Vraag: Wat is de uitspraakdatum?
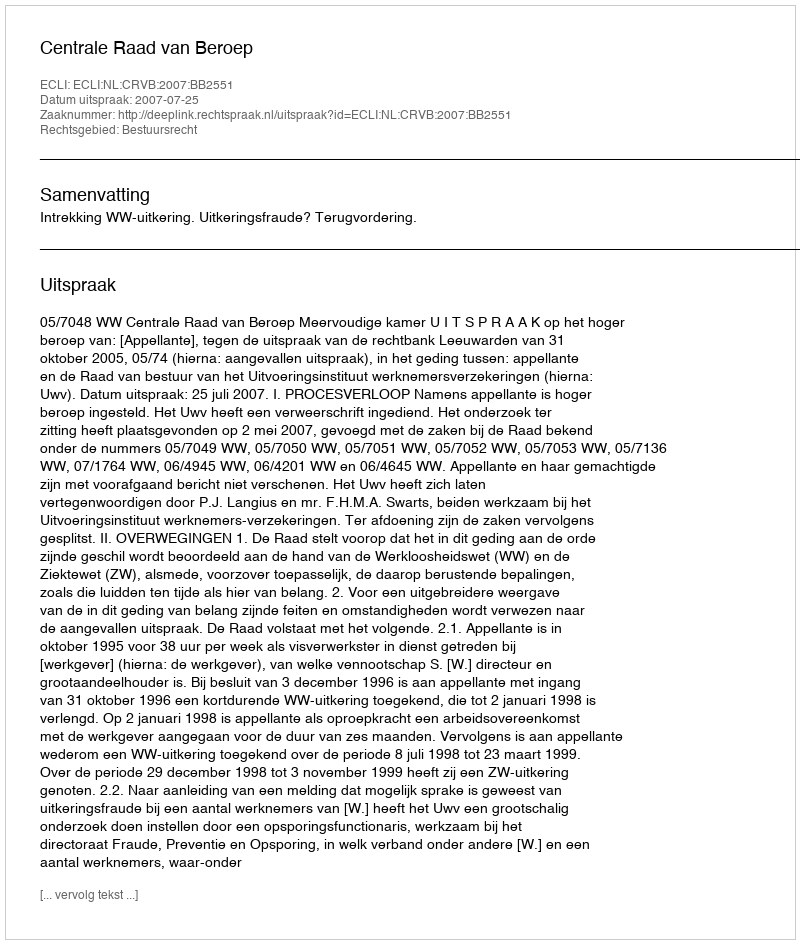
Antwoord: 2007-07-25